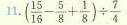
11.$$( 1 5 \div 1 6 - 5 \div 8 + 1 \div 8 ）\div ( 7 \div 4 )$$